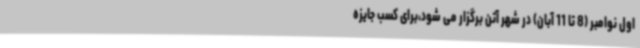
اول نوامبر (8 تا 11 آبان) در شهر آتن برگزار می شود،برای کسب جایزه